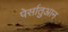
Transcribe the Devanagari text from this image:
पेर्सातुआन